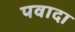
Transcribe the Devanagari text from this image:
पवादा